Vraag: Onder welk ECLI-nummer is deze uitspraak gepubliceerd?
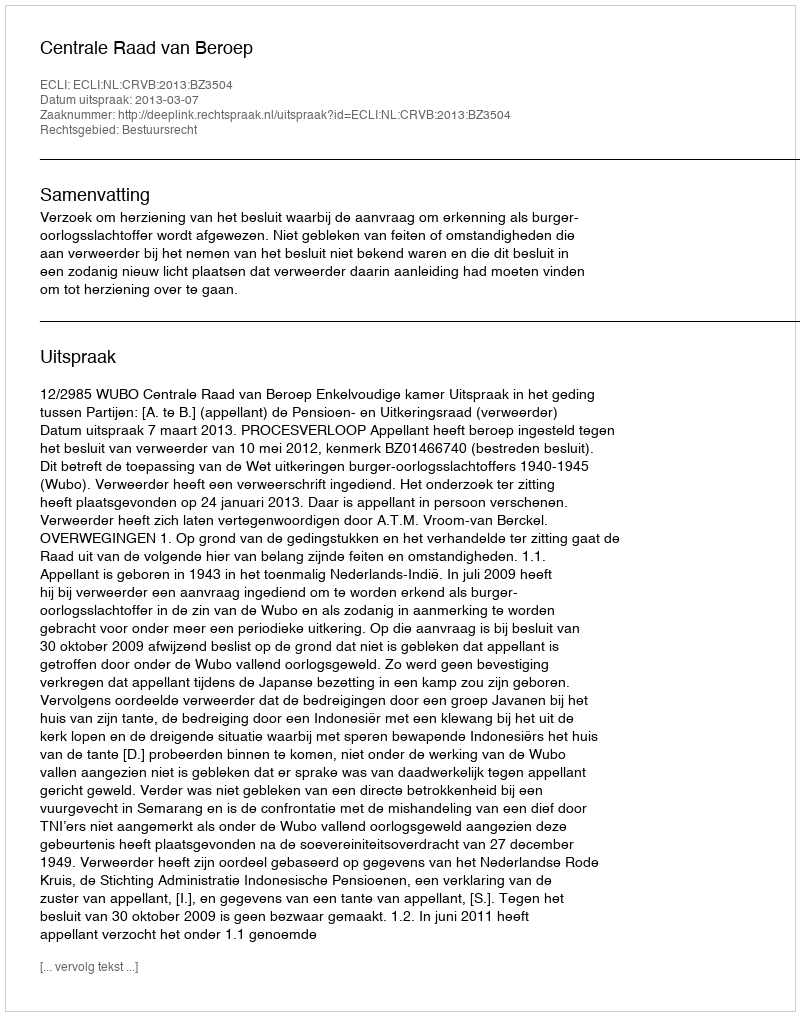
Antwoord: ECLI:NL:CRVB:2013:BZ3504